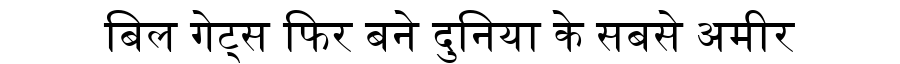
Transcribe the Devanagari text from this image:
बिल गेट्स फिर बने दुनिया के सबसे अमीर